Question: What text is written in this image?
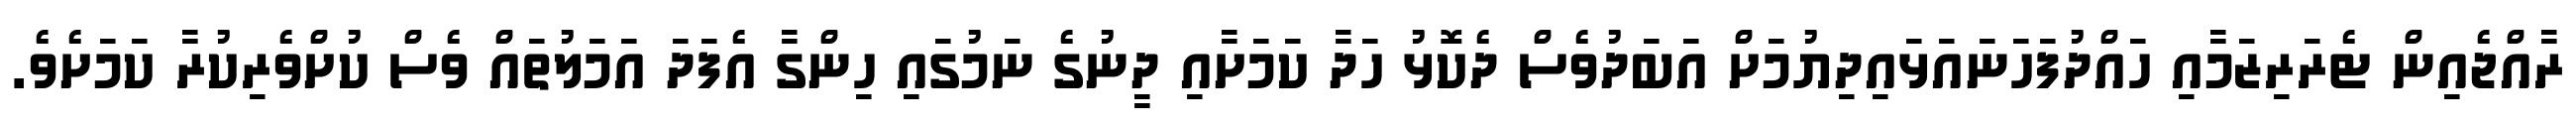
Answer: ރާއްޖެއިން ޓެރަރިޒަމާއި ހައްދުފަހަނައަޅައިދިޔުމަށް އަބަދުވެސް ދެކޮޅު ހަދާ ކަމަށާއި ދީނުގެ ނަމުގައި ހިންގާ އެފަދަ އަމަލުތައް ވެސް ކުށްވެރިކުރާ ކަމަށެވެ.